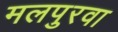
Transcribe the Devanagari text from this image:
मलपुरवा